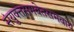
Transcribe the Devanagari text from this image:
संयुक्तसमवेतसमवाय